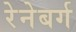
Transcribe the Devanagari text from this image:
रेनेबर्ग